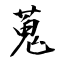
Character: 蒐